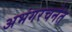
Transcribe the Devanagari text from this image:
अभंगरचनेत